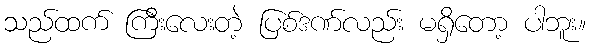
သည်ထက် ကြီးလေးတဲ့ ပြစ်ဒဏ်လည်း မရှိတော့ ပါဘူး။